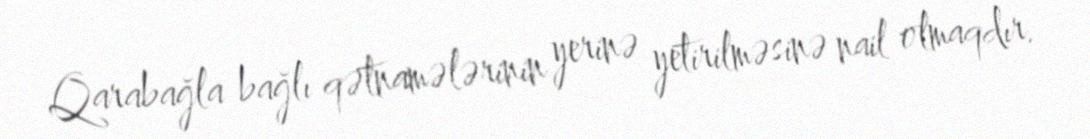
Qarabağla bağlı qətnamələrinin yerinə yetirilməsinə nail olmaqdır.